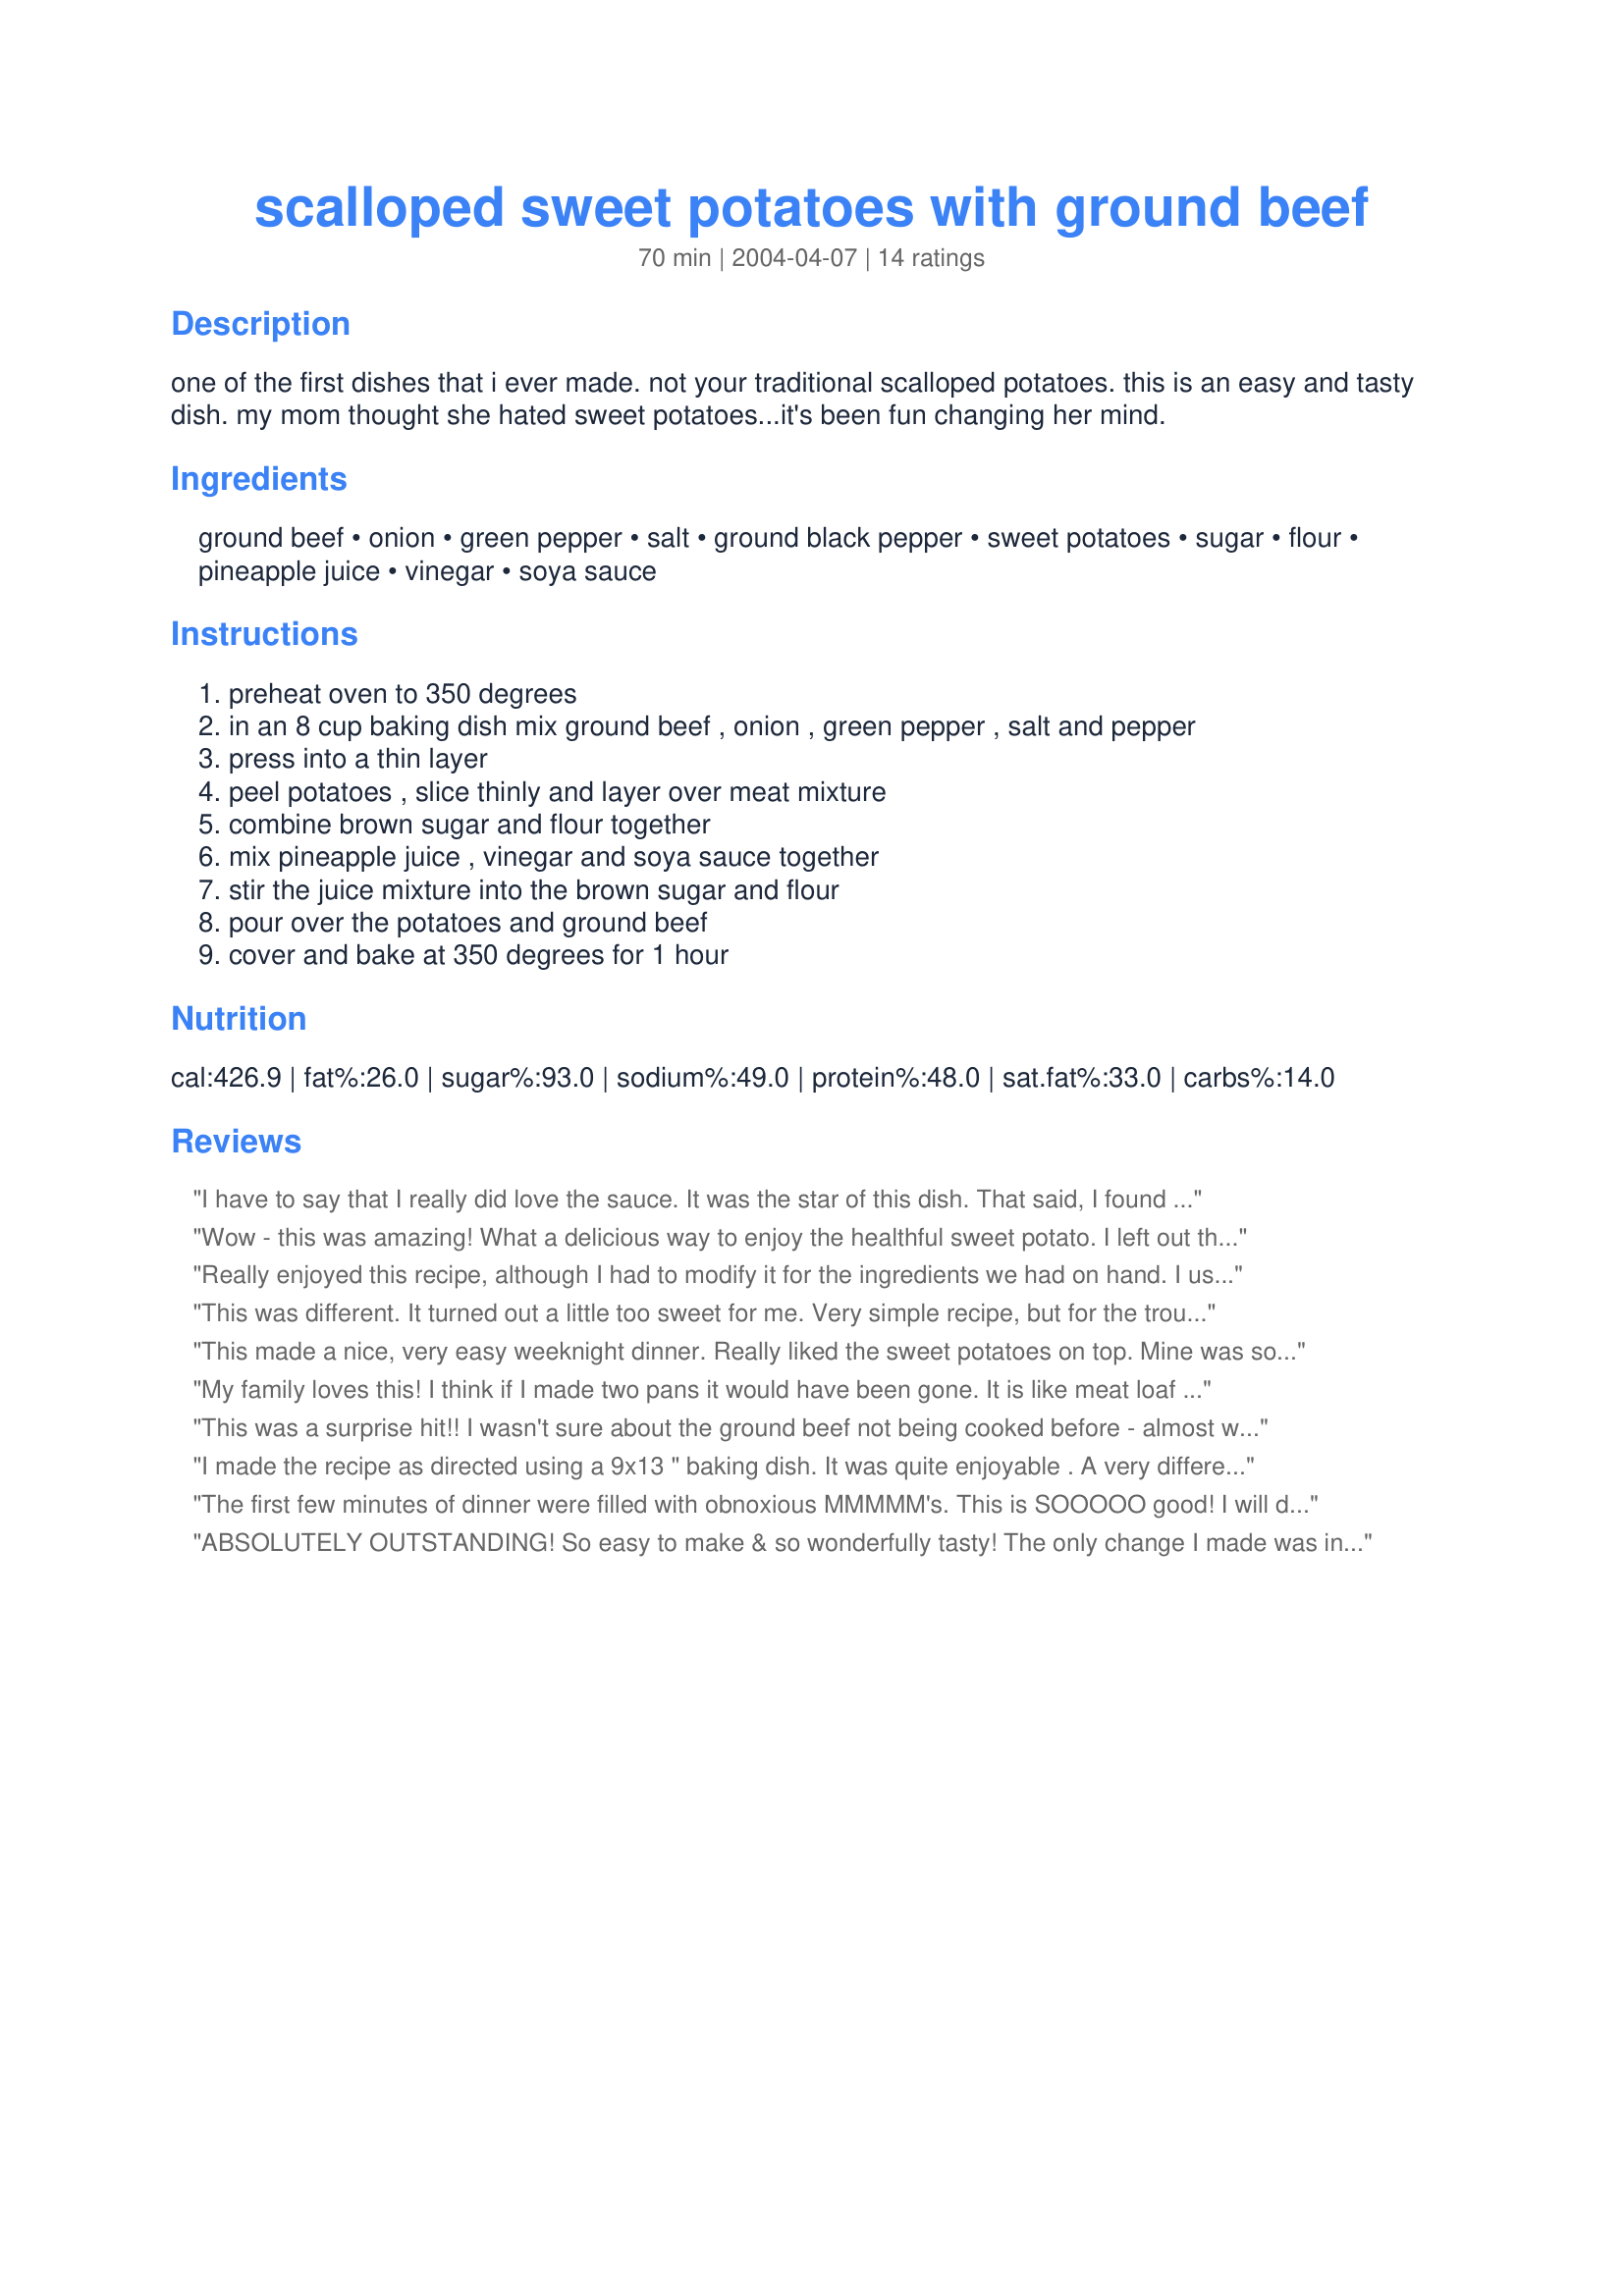
scalloped sweet potatoes with ground beef
Preparation time: 70 minutes

one of the first dishes that i ever made. not your traditional scalloped potatoes. this is an easy and tasty dish. my mom thought she hated sweet potatoes...it's been fun changing her mind.

Ingredients:
ground beef, onion, green pepper, salt, ground black pepper, sweet potatoes, sugar, flour, pineapple juice, vinegar, soya sauce

Steps:
preheat oven to 350 degrees, in an 8 cup baking dish mix ground beef , onion , green pepper , salt and pepper, press into a thin layer, peel potatoes , slice thinly and layer over meat mixture, combine brown sugar and flour together, mix pineapple juice , vinegar and soya sauce together, stir the juice mixture into the brown sugar and flour, pour over the potatoes and ground beef, cover and bake at 350 degrees for 1 hour

Reviews:
I have to say that I really did love the sauce. It was the star of this dish. That said, I found the ground beef too heavy for my tastes. I usually add some BBQ sauce, eggs and breadcrumbs even when I make burgers, and it makes the meat less dense and moister. I do agree that is is a very easy weeknight meal and if you like the prepackaged burger patties you can get at the store, then you will probably like this more than I did.
Wow - this was amazing! What a delicious way to enjoy the healthful sweet potato. I left out the onion, otherwise made just as specified. I used lean ground beef and it was juicy but not at all greasy. I just loved this dish - thanks for posting another winner!
Really enjoyed this recipe, although I had to modify it for the ingredients we had on hand. I used ground turkey and fresh squeezed orange juice. I can't wait to try it with pineapple juice sometime, however my family liked it this way. Thanks for sharing!
This was different. It turned out a little too sweet for me. Very simple recipe, but for the trouble I would have preferred russet potatoes and gravy instead of sweet potatoes and brown sugar sauce.
This made a nice, very easy weeknight dinner. Really liked the sweet potatoes on top. Mine was sort of swimming in liquid and that may be because I used an 9x9 inch pan. Using a rectangular or oblong pan may be the thing to do. Thanks for sharing this unique recipe. I would make it again.
My family loves this! I think if I made two pans it would have been gone. It is like meat loaf with yummy sweet potatoes on it. I used 1 .5 lbs of hamburger. This is a keeper:)
This was a surprise hit!! I wasn't sure about the ground beef not being cooked before - almost wrote you to ask if there was a mistake in the recipe!! But no, this turned out great!! Loved it!! Put a little less brown sugar and followed your recipe for the rest. Thanks BK!! :)
I made the recipe as directed using a 9x13 " baking dish. It was quite enjoyable . A very different, very tasty dish.
The first few minutes of dinner were filled with obnoxious MMMMM's. This is SOOOOO good! I will definately be making this again! Ditto from my roommate. I followed the recipe exactly, but I think it would be good with ground turkey or even chicken breasts. It also made the house smell heavenly!
ABSOLUTELY OUTSTANDING! So easy to make & so wonderfully tasty! The only change I made was in NOT peeling the potatoes (I love those skins!), & we were completely satisfied with it ~ COMPLETELY! Thanks so much for posting a great recipe keeper! [Tagged, made & reviewed in Gimme 5 tag]
Well I'm not sure where I went wrong but this just didn't work out. I ended up after 2 hours of cooking with still raw sweet potatoes and not all the way done meat. I also had to pour off like 2 cups of liquid. The flour just made it grainy and not too appetizing. I think it would have been really great, but with some modifications to the prep and cooking. Maybe use less pineapple juice and reduce the sauce before cooking to make it sort of a glaze and par bake the sweet potatoes...I will try again and re-post.
This was really good. I would have never thought of putting ground beef and sweet potatoes together. I had ground beef and sweet potatoes on hand, but no ideas for dinner. This recipe came up when I put in the ingredients. I did not have any green peppers so had to omit them. I also needed it to be gluten free so I used cornstarch instead of flour and wheat free soy sauce. Next time I will include the peppers. I bet peas would be a nice addition also. Thanks for a great recipe!
YUM! Will definitely make this again!
Yum. I LOVE sweet potatoes and am allergic to chicken, so I've been researching unique ground beef recipes. This is one of my favorites - a keeper. Making it again tonight. (Side note - my children complain about everything and although they like the flavor of the beef, they don't like the sweet potatoes.)
